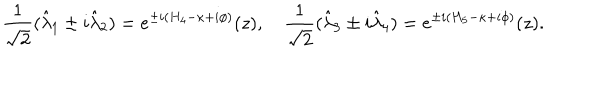
{ \frac { 1 } { \sqrt { 2 } } } ( \hat { \lambda } _ { 1 } \pm i \hat { \lambda } _ { 2 } ) = e ^ { \pm i ( H _ { 4 } - \kappa + i \phi ) } ( z ) , \quad { \frac { 1 } { \sqrt { 2 } } } ( \hat { \lambda } _ { 3 } \pm i \hat { \lambda } _ { 4 } ) = e ^ { \pm i ( H _ { 5 } - \kappa + i \phi ) } ( z ) .